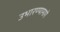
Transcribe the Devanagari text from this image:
उभारण्यामागे